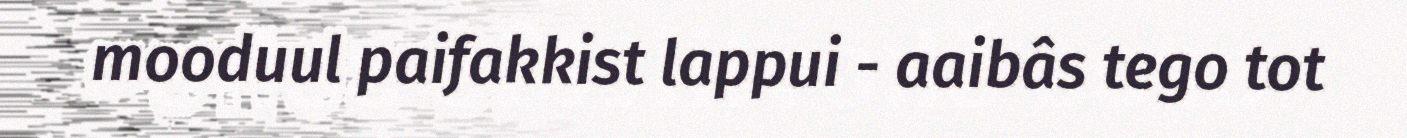
mooduul paifakkist lappui - aaibâs tego tot